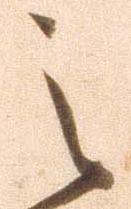
之